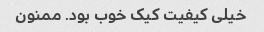
خیلی کیفیت کیک خوب بود. ممنون